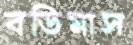
বডিমাস